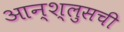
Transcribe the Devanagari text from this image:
आन्श्लुसची